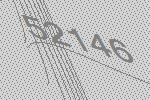
52146